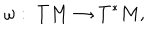
\omega : \; T M \rightarrow T ^ { \ast } M ,